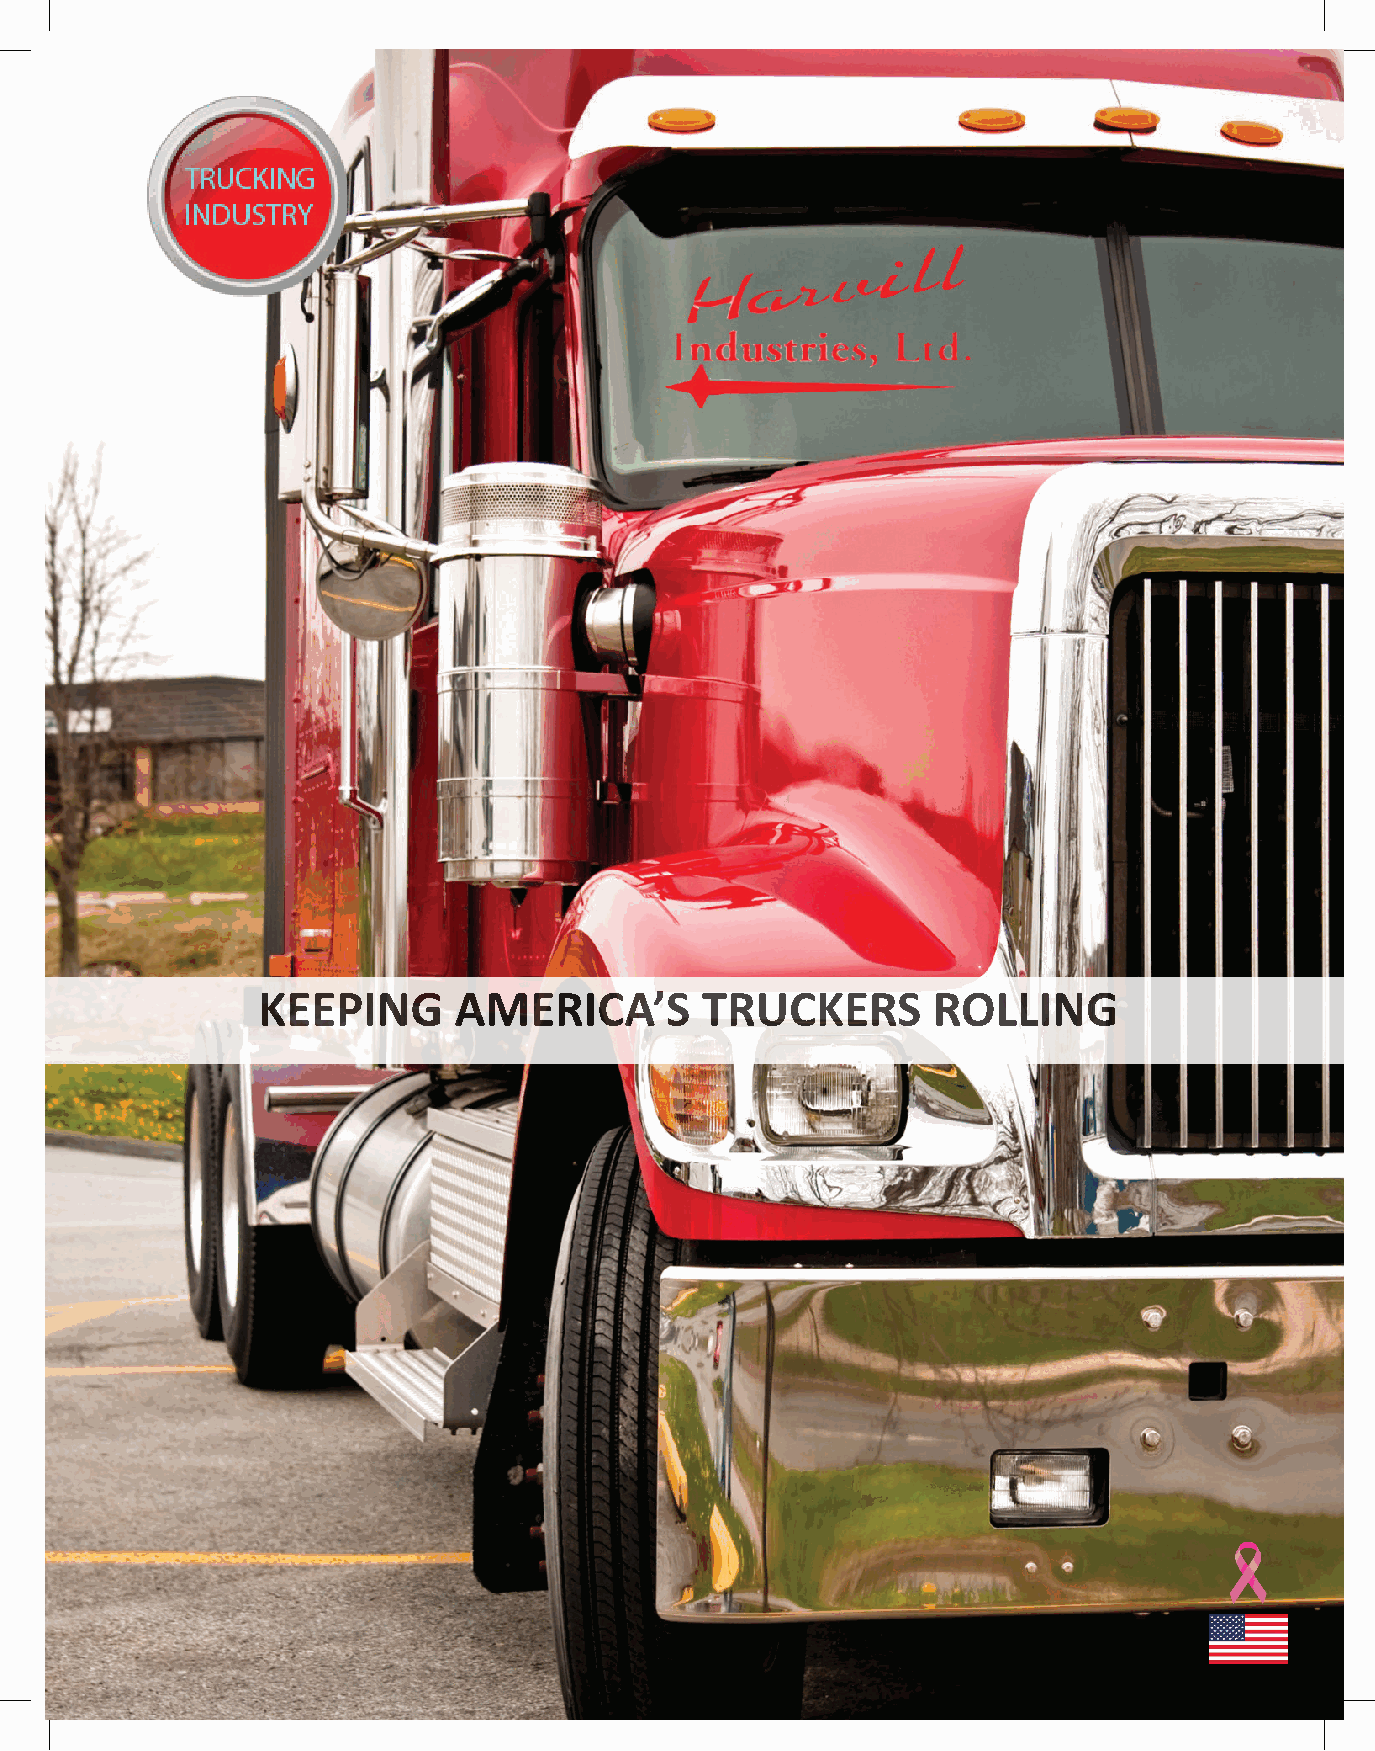
KEEPING      AMERICA’S       TRUCKERS        ROLLING